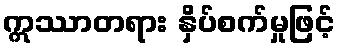
ဣဿာတရား နှိပ်စက်မှုဖြင့်